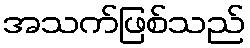
အသက်ဖြစ်သည်